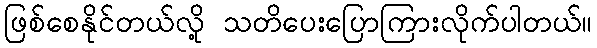
ဖြစ်စေနိုင်တယ်လို့ သတိပေးပြောကြားလိုက်ပါတယ်။